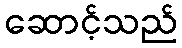
ဆောင့်သည်